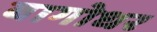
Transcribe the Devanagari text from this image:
बागोधर